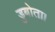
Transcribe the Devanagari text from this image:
डुबोता।